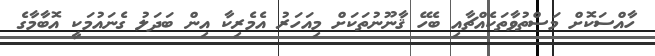
ހާއްސަކޮށް މަސްތުވާތަކެއްޗާއި ބެހޭ ޤާނޫނުތަކަށް މިއަހަރު އެމެރިކާ އިން ބަދަލު ގެނައުމަކީ އޮބާމާގެ